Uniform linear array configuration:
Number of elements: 8
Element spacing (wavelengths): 0.75
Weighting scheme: uniform
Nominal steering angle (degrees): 0
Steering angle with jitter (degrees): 1.479
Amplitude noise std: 0.05
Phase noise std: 0.05

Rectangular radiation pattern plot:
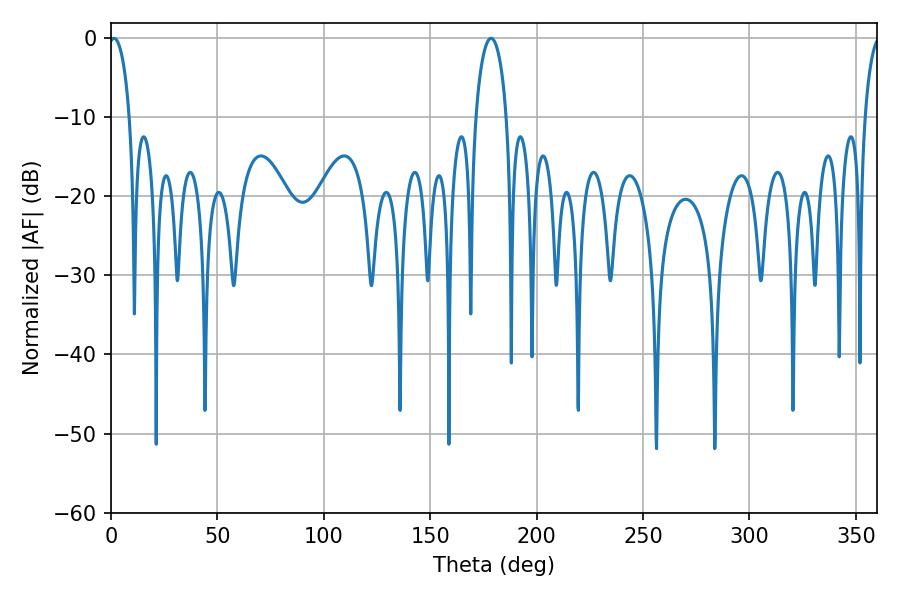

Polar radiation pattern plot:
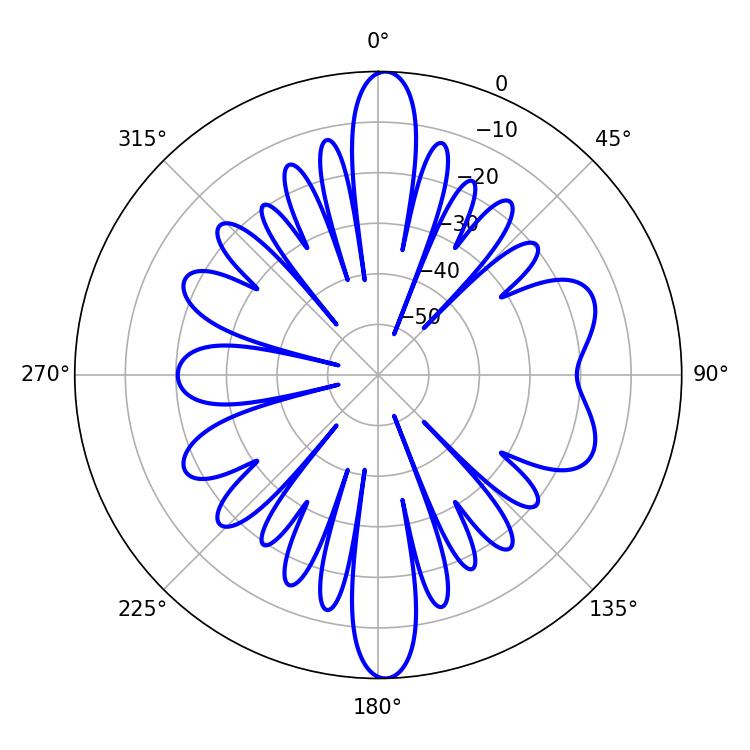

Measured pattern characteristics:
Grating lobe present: TRUE
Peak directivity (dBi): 20.496
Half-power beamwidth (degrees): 5.58
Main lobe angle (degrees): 1.44